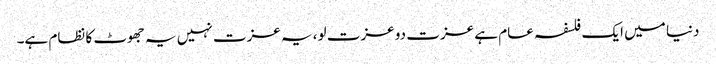
دنیا میں ایک فلسفہ عام ہے عزت دو عزت لو، یہ عزت نہیں یہ جھوٹ کا نظام ہے۔